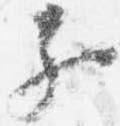
子